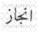
انجاز